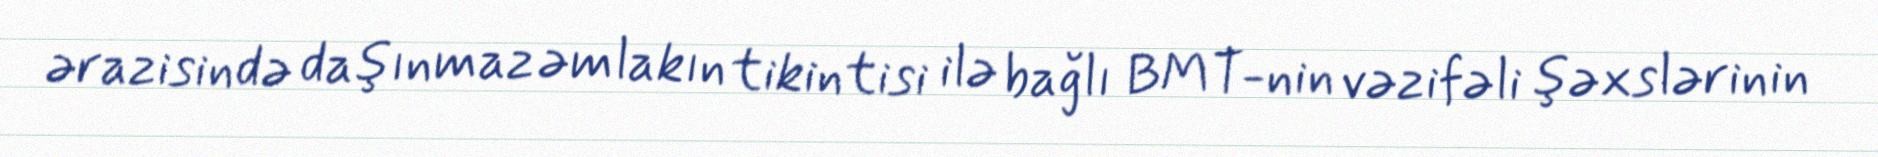
ərazisində daşınmaz əmlakın tikintisi ilə bağlı BMT-nin vəzifəli şəxslərinin